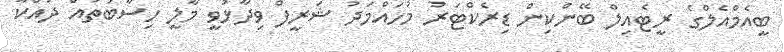
ބީއެމްއެލްގެ ރީޓެއިލް ބޭންކިން ޑިރެކްޓަރު މުހައްމަދު ޝަރީފް ވިދާޅުވީ މާލީ ހިސާބުތައް ދައްކާ